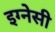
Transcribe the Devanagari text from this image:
इग्नेसी